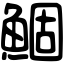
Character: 鯝